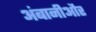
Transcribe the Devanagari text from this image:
अंबानीऔर